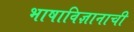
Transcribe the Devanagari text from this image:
भाषाविज्ञानाची